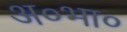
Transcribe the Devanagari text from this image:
अ०भा०